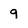
Character: 9